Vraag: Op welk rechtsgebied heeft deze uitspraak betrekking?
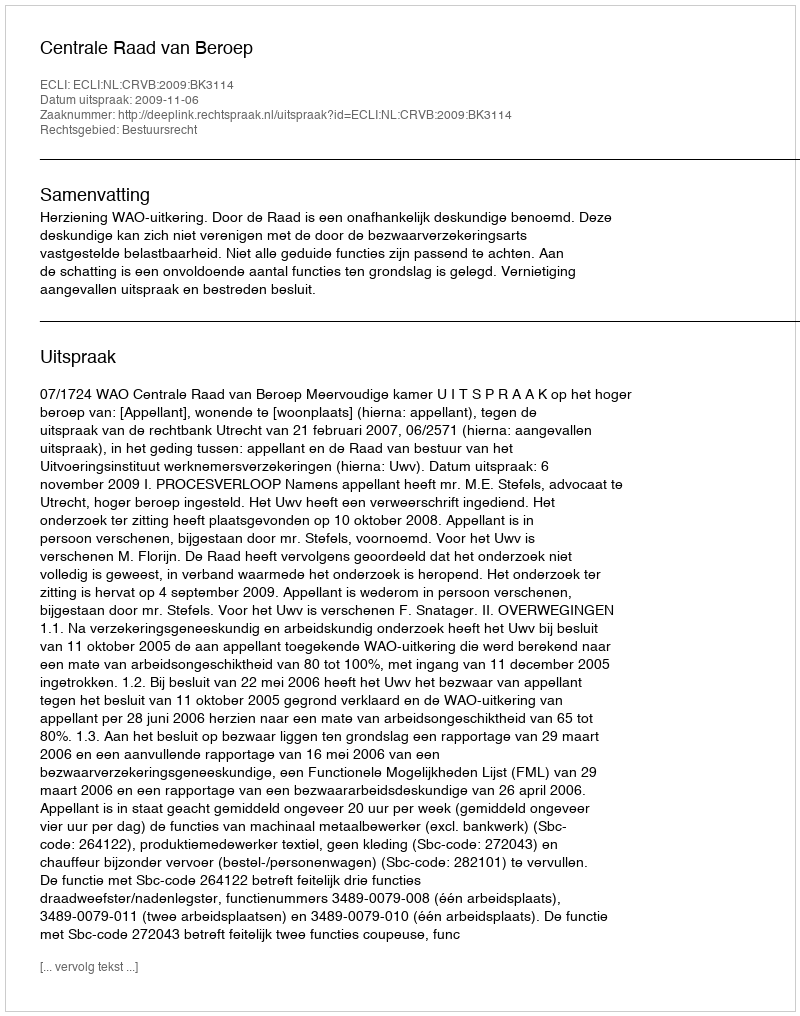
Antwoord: Bestuursrecht